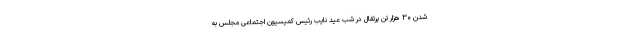
شدن ۳۰ هزار تن پرتقال‌ در شب عید نایب رئیس کمیسیون اجتماعی مجلس به